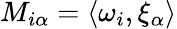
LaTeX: M_{i\alpha}=\langle\omega_{i},\xi_{\alpha}\rangle